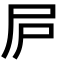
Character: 𡰲